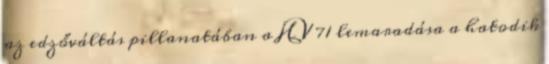
az edzőváltás pillanatában a HV 71 lemaradása a hatodik